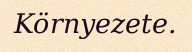
Környezete.